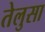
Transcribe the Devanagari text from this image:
तेलुसा